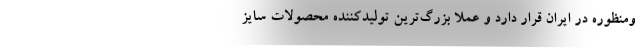
ومنظوره در ایران قرار دارد و عملا بزرگ‌ترین تولید‌کننده محصولات سایز